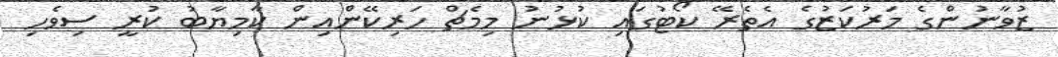
ޒުވާނުންގެ މަރުކަޒުގެ އެތެރޭ ކޯޓުގައި ކުޅުނު މިމެޗް ހަރިކޭންއިން ކާމިޔާބު ކުރީ ސިވެހި